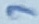
Text: 7